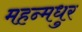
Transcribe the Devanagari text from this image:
महन्मधुर